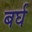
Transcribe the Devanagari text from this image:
बर्घ